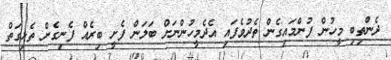
ދެންތިބި މީހުން ފުންމައިގެން ތެދުވެފައި އެދެމީހުންނަށް ބަލަން ފެށީ ބިރެއް ފެނިގެން ތެޅިގަތް